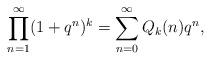
LaTeX: \begin{align*}\prod_{n=1}^\infty (1+q^n)^k = \sum_{n=0}^\infty Q_k(n) q^n,\end{align*}